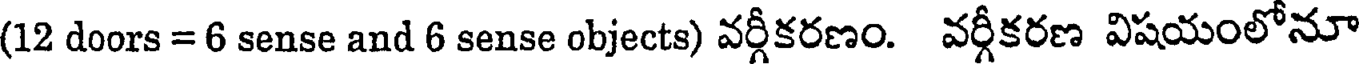
(12 doors = 6 sense and 6 sense objects) వర్గీకరణం. వర్గీకరణ విషయంలోనూ